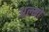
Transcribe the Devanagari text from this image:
अल्मो